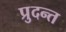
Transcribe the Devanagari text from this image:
प्रुदन्त